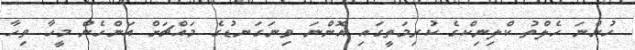
ހުންނަ ހެލްތު ކްލިނިކްގެ ކުރިމަތީގައި އޮންނަ ވިނަގަނޑުގެ މައްޗަށް އަންހެން މީހާ ވިހާ